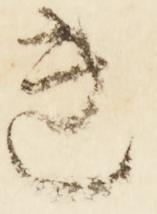
き